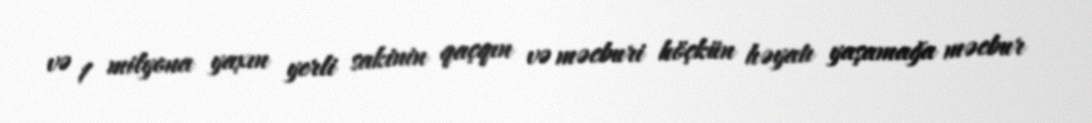
və 1 milyona yaxın yerli sakinin qaçqın və məcburi köçkün həyatı yaşamağa məcbur